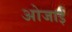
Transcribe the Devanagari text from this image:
ओजाई